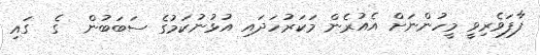
ފާފަވެރިވީ މީހުންނަށް އެއުރެން މަކަރުހަދައި އުޅުނުކަމުގެ ސަބަބުން  ގެ  ގައި